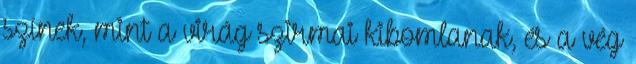
színek, mint a virág szirmai kibomlanak, és a vég